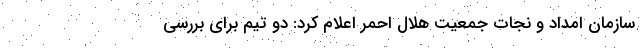
سازمان امداد و نجات جمعیت هلال احمر اعلام کرد: دو تیم برای بررسی